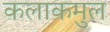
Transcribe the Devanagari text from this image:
कलाकमुल